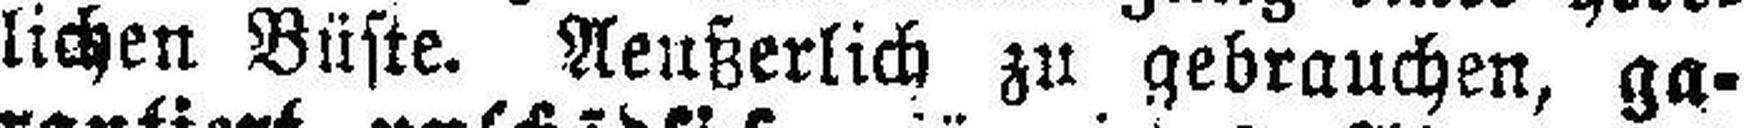
lichen Büste. Neußerlich zu gebrauchen, ga¬